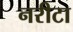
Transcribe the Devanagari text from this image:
नरीटा